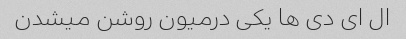
ال ای دی ها یکی درمیون روشن میشدن